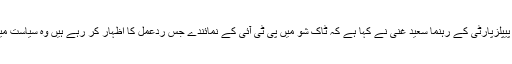
ہفتہ 26 مئی 2018 ء)پاکستان پیپلزپارٹی کے رہنما سعید غنی نے کہا ہے کہ ٹاک شو میں پی ٹی آئی کے نمائندے جس ردعمل کا اظہار کر رہے ہیں وہ سیاست میں عدم برداشت کی نشاندہی ہے۔